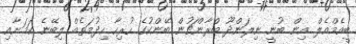
ބީއެމްއެލް އިން ބުނީ ނިލަންދޫ ބްރާންޗުން ބޭންކުގެ ހުރިހާ ހިދުމަތެއް ލިބޭނެ ކަމަށާއި